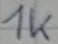
Text: 1K